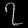
Digit: ၇